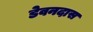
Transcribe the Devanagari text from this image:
डेवनदास